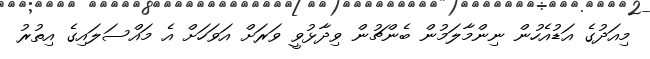
މިއަދުގެ އަޑުއެހުން ނިންމާލަމުން ބެންޗުން ވިދާޅުވީ ވަރަށް އަވަހަށް އެ މައްސަލައިގެ އިތުރު